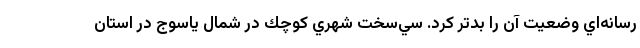
رسانه‌اي وضعيت آن را بدتر كرد. سي‌سخت شهري كوچك در شمال ياسوج در استان